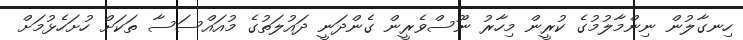
ހިނގާލުން ނިންމާލުމުގެ ކުރީން މިހާރު ނޫސްވެރީން ގެންދަނީ ދައުލަތުގެ މުއައްސަސާ ތަކަށް ހުށަހެޅުމަށް